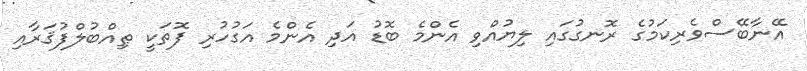
އޭނާބޭސްވެރިކަމުގެ ރޮނގުގައި ލިޔުއްވި އެންމެ ބޮޑު އަދި އެންމެ އަގުހުރި ފޮތަކީ ޠިއްބުލްފުޤަރާއި